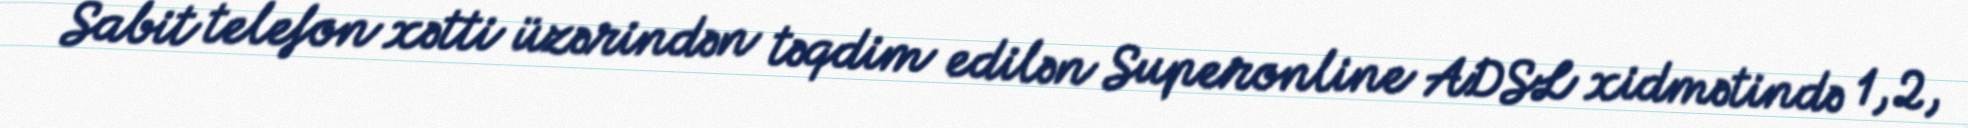
Sabit telefon xətti üzərindən təqdim edilən Superonline ADSL xidmətində 1, 2,